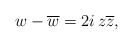
\begin{align*} w-\overline{w} = 2i\,z\overline{z},\end{align*}